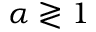
\alpha \gtrless 1